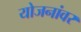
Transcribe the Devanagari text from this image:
योजनांवर